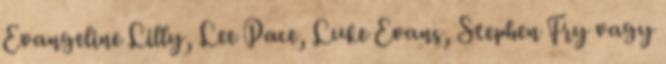
Evangeline Lilly, Lee Pace, Luke Evans, Stephen Fry vagy